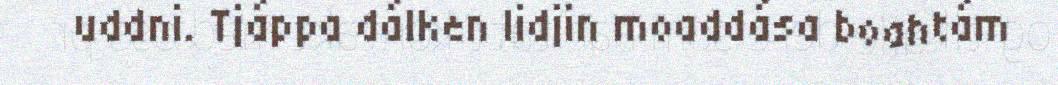
uddni. Tjáppa dálken lidjin moaddása boahtám